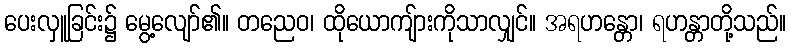
ပေးလှူခြင်း၌ မွေ့လျော်၏။ တညေဝ၊ ထိုယောကျ်ားကိုသာလျှင်။ အရဟန္တော၊ ရဟန္တာတို့သည်။